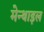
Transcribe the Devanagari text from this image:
मेन्थाइल